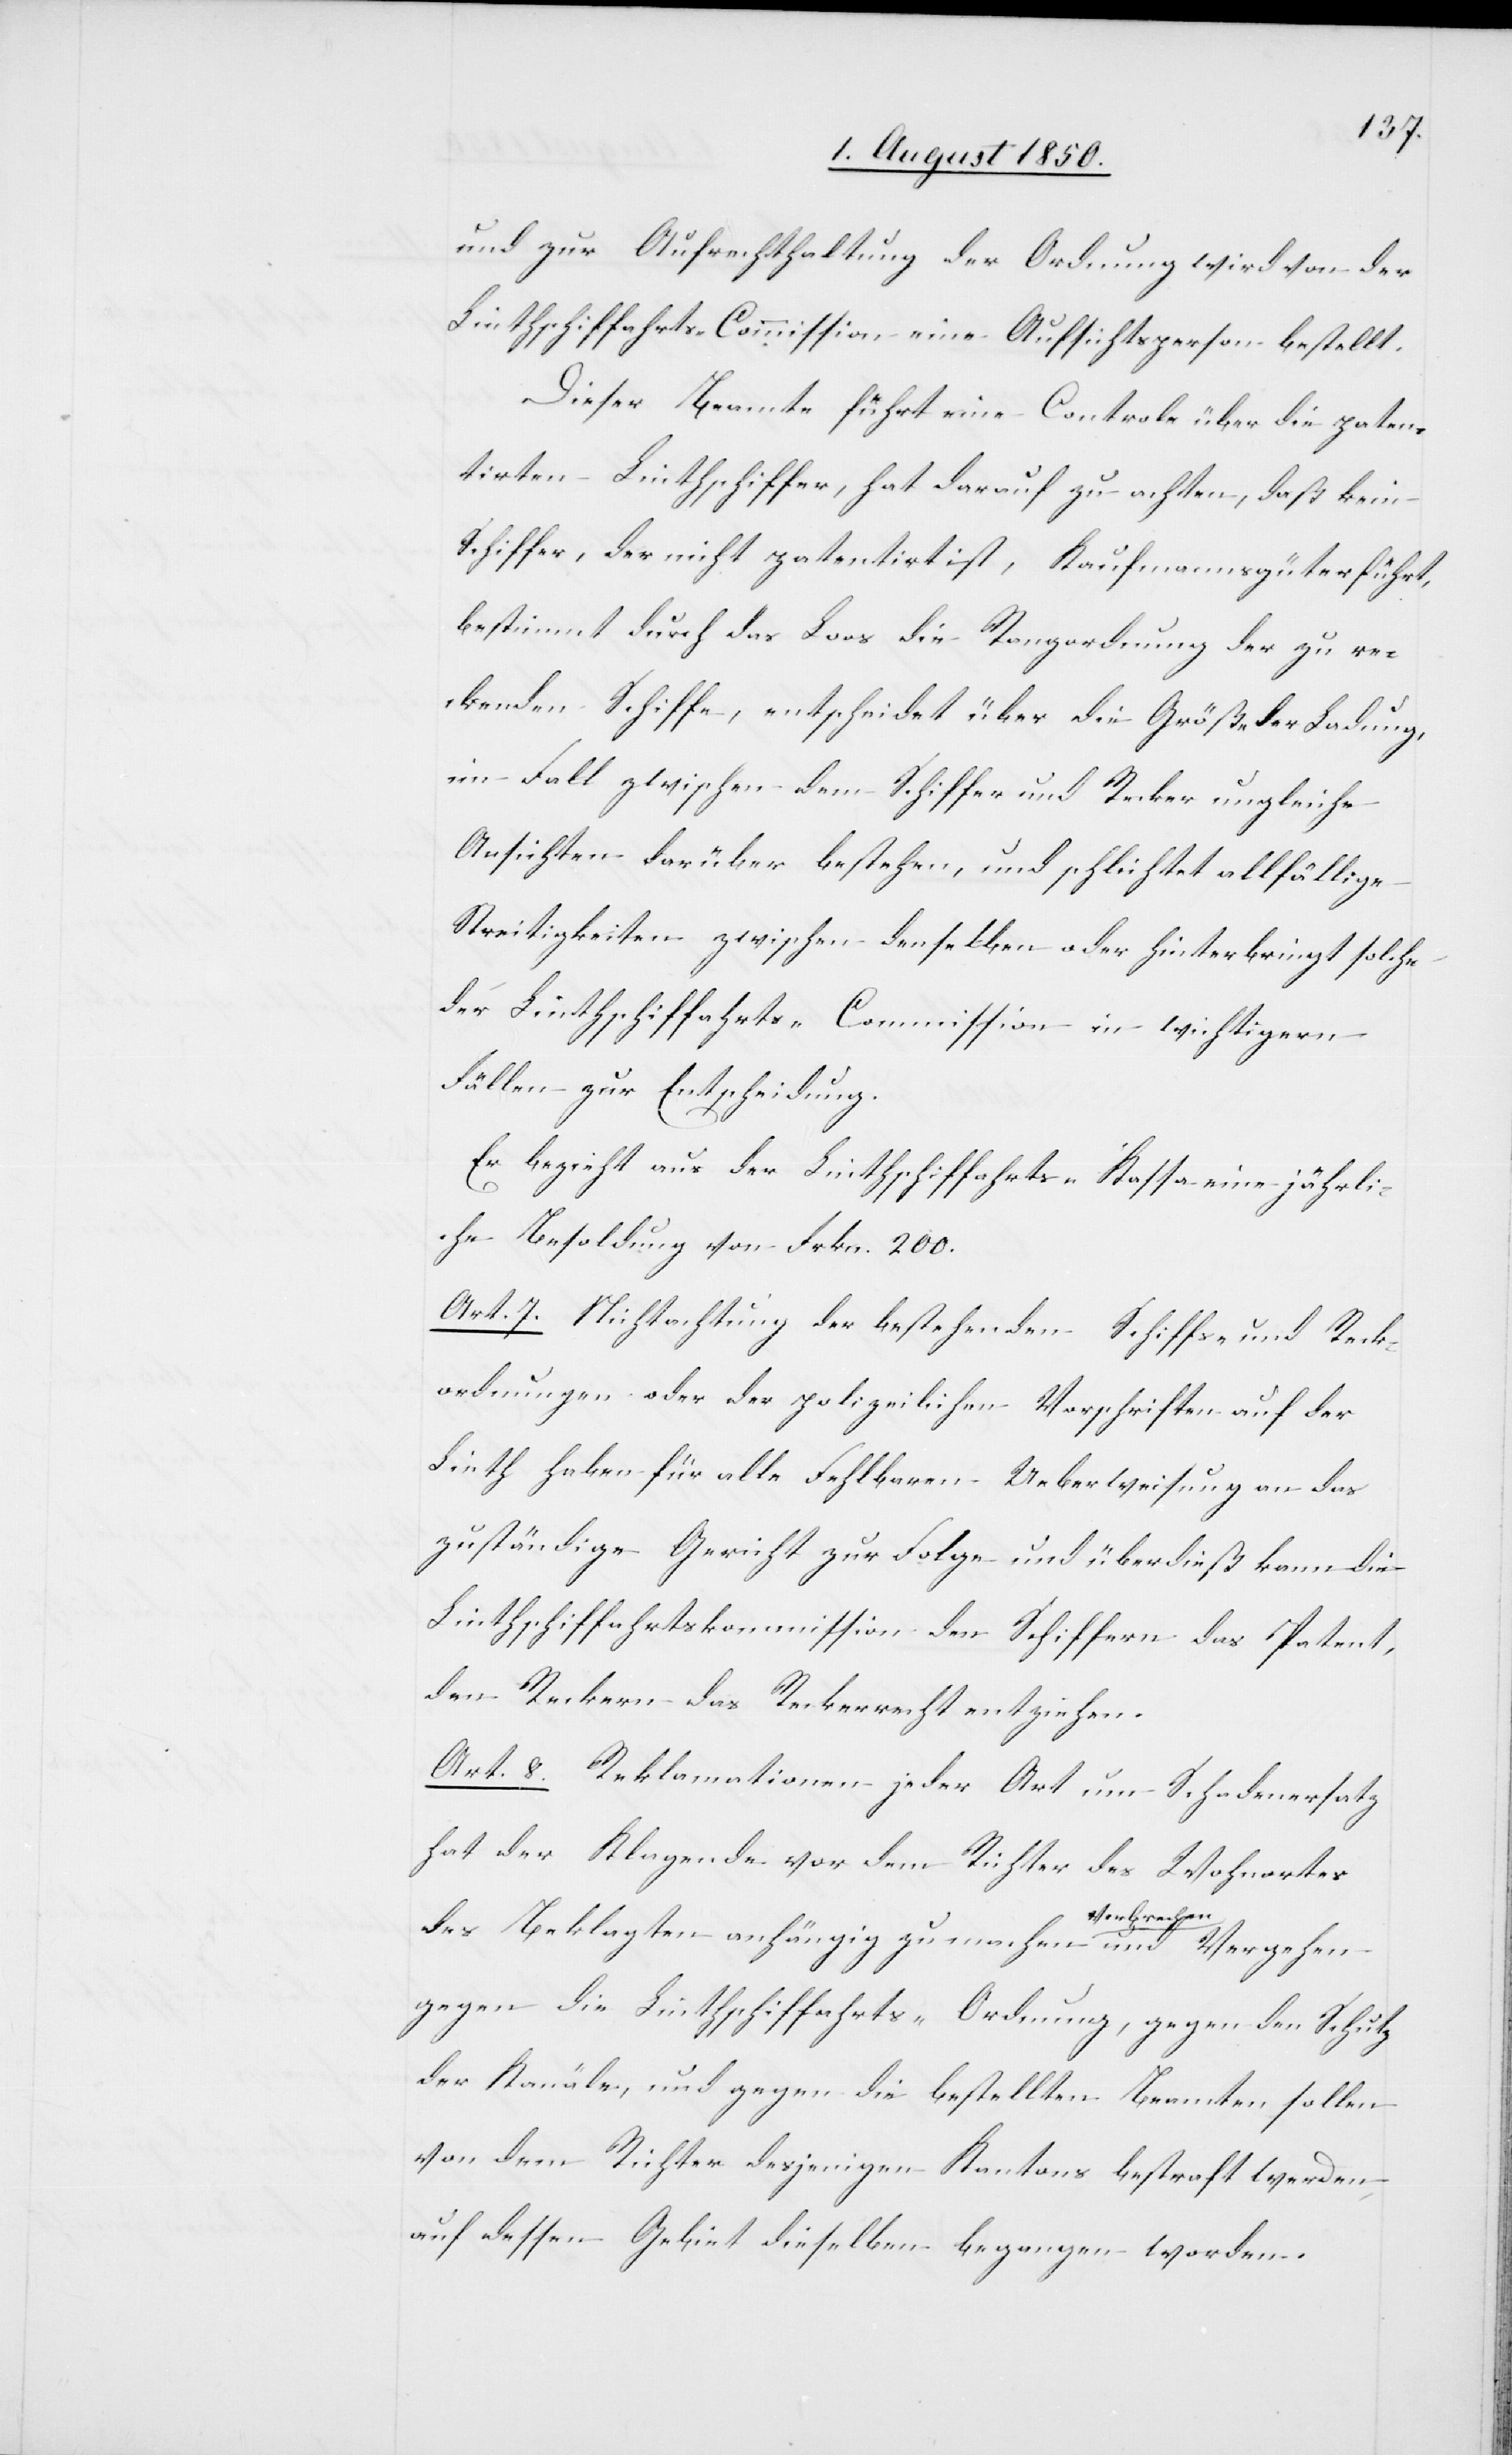
und zur Aufrechthaltung der Ordnung wird von der
Linthschiffahrts-Commission eine Aufsichtsperson bestellt.
Dieser Beamte führt eine Controle über die paten¬
tirten Linthschiffer, hat darauf zu achten, daß kein
Schiffer, der nicht patentirt ist, Kaufmannsgüter führt,
bestimmt durch das Loos die Rangordnung der zu re¬
ckenden Schiffe, entscheidet über die Größe der Ladung,
im Fall zwischen dem Schiffer und Recker ungleiche
Aufsichten darüber bestehen, und schlichtet allfällige
Streitigkeiten zwischen denselben oder hinterbringt solche
der Linthschiffahrts-Commission in wichtigern
Fällen zur Entscheidung.
Er bezieht aus der Linthschiffahrts-Kassa eine jährli¬
che Besoldung von Frkn. 200
Art. 7. Nichtachtung der bestehenden Schiffer und Reck¬
ordnungen oder der polizeilichen Vorschriften auf der
Linth haben für alle Fehlbaren Ueberweisung an das
zuständige Gericht zur Folge und überdieß kann die
Linthschiffahrtskommission den Schiffern das Patent,
den Reckern das Reckerrecht entziehen.
Art. 8. Reklamationen jeder Art um Schadenersatz
hat der Klagende vor dem Richter des Wohnortes
des Beklagten anhängig zu machen Verbrechen
gegen die Linthschiffahrts-Ordnung, gegen den Schutz
der Kanäle, und gegen die bestellten Beamten sollen
von dem Richter desjenigen Kantons bestraft werden,
auf dessen Gebiet dieselben begangen worden.